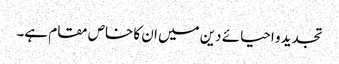
تجدید و احیائے دین میں ان کا خاص مقام ہے۔